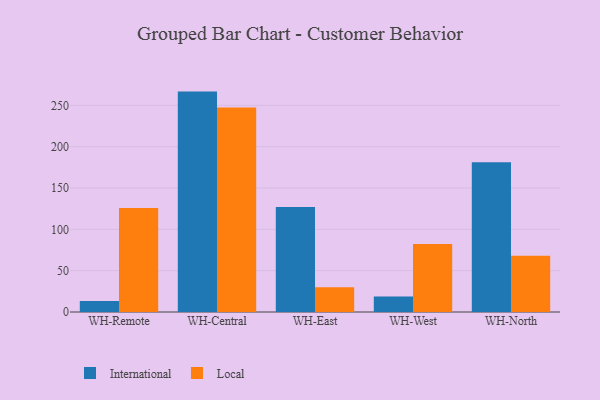
{"axis": {"x": "Warehouse", "y": "Net Income (USD K)"}, "legend": ["International", "Local"], "data": [{"x": "WH-Remote", "y": 13.3, "type": "International"}, {"x": "WH-Remote", "y": 125.7, "type": "Local"}, {"x": "WH-Central", "y": 266.7, "type": "International"}, {"x": "WH-Central", "y": 247.6, "type": "Local"}, {"x": "WH-East", "y": 127.2, "type": "International"}, {"x": "WH-East", "y": 29.8, "type": "Local"}, {"x": "WH-West", "y": 18.9, "type": "International"}, {"x": "WH-West", "y": 82.4, "type": "Local"}, {"x": "WH-North", "y": 181.3, "type": "International"}, {"x": "WH-North", "y": 68.0, "type": "Local"}]}